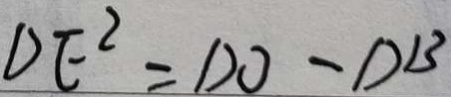
D E ^ { 2 } = D O - D B